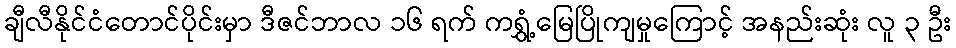
ချီလီနိုင်ငံတောင်ပိုင်းမှာ ဒီဇင်ဘာလ ၁၆ ရက် ကရွှံ့မြေပြိုကျမှုကြောင့် အနည်းဆုံး လူ ၃ ဦး